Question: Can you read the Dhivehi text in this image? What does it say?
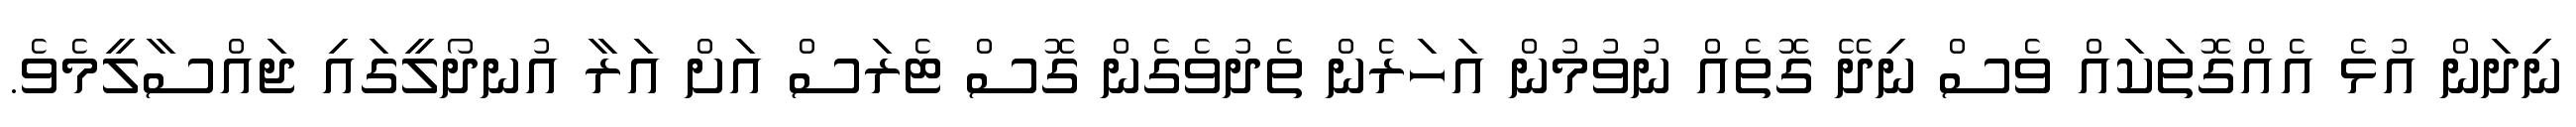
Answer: ނިދަން އުޅެ އެއްގޮތަކައް ވެސް ނިދޭ ގޮތެއް ނުވުމުން އަހަރެން ތެދުވެގެން ގޮސް ޓެރަސް އަށް އަރާ އުނދޯލީގައި ޖައްސާލީމެވެ.